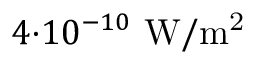
4 { \cdot } 1 0 ^ { - 1 0 } \ \mathrm { W / m ^ { 2 } }